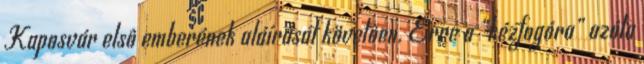
Kaposvár elsô emberének aláírását követôen. Erre a „kézfogóra” azóta